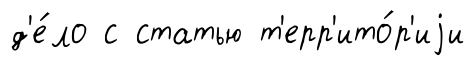
д'е́ло с статью т'ерр'ито́р'иjи